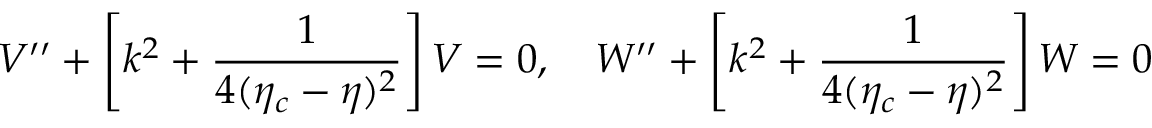
{ \cal V } ^ { \prime \prime } + \left[ k ^ { 2 } + \frac { 1 } { 4 ( \eta _ { c } - \eta ) ^ { 2 } } \right] { \cal V } = 0 , ~ ~ ~ { \cal W } ^ { \prime \prime } + \left[ k ^ { 2 } + \frac { 1 } { 4 ( \eta _ { c } - \eta ) ^ { 2 } } \right] { \cal W } = 0